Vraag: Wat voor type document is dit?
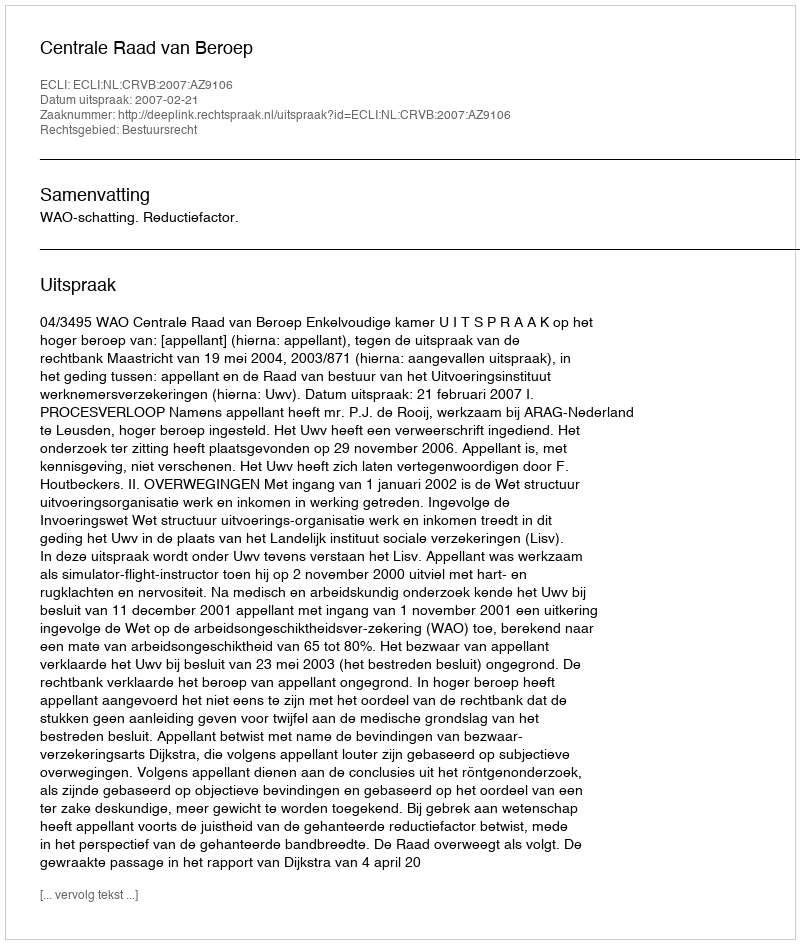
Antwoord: Uitspraak